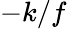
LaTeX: -k/f